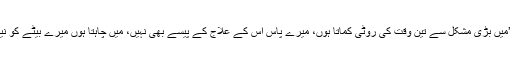
والد نے کہا کہ ’میں بڑی مشکل سے تین وقت کی روٹی کماتا ہوں، میرے پاس اس کے علاج کے پیسے بھی نہیں، میں چاہتا ہوں میرے بیٹے کو نیا ہاتھ مل جائے۔